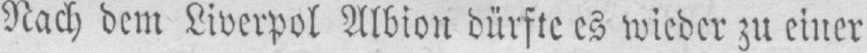
Nach dem Liverpol Albion dürfte es wieder zu einer